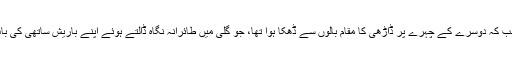
ایک باریش تھے یعنی لمبی ڈاڑھی والے جب کہ دوسرے کے چہرے پر ڈاڑھی کا مقام بالوں سے ڈھکا ہوا تھا، جو گلی میں طائرانہ نگاہ ڈالتے ہوئے اپنے باریش ساتھی کی بات کا جواب ”ہوں ہاں“ میں دے رہے تھے۔